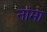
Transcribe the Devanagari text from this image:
नांमा